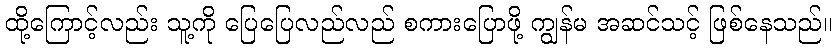
ထို့ကြောင့်လည်း သူ့ကို ပြေပြေလည်လည် စကားပြောဖို့ ကျွန်မ အဆင်သင့် ဖြစ်နေသည်။